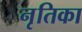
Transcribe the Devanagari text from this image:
नृतिका